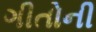
ગીતોની